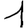
Digit: 1